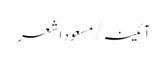
آئینہ/مسعود اشعر